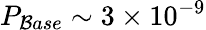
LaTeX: P_{\mathcal{B}ase}\sim3\times10^{-9}